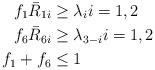
LaTeX: \begin{align*}f_1\bar{R}_{1i} &\geq \lambda_i i=1,2 \\f_6\bar{R}_{6i} &\geq \lambda_{3-i} i=1,2 \\f_1 + f_6 &\leq 1\end{align*}